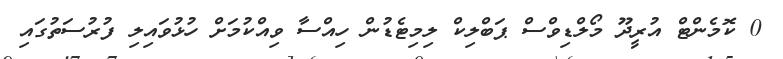
0 ކޮމެންޓް އުރީދޫ މޯލްޑިވްސް ޕަބްލިކް ލިމިޓެޑުން ހިއްސާ ވިއްކުމަށް ހުޅުވައިލި ފުރުސަތުގައި